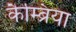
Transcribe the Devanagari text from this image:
कैम्ब्रिया